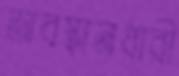
অবস্থানধারী